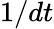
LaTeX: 1/dt